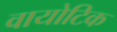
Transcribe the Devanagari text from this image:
वायोटिक